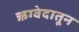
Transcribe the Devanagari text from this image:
ऋग्वेदातून